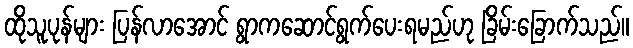
ထိုသူပုန်များ ပြန်လာအောင် ရွာကဆောင်ရွက်ပေးရမည်ဟု ခြိမ်းခြောက်သည်။